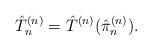
LaTeX: \begin{align*}\hat{T}^{(n)}_n = \hat{T}^{(n)}(\hat{\pi}^{(n)}_n).\end{align*}